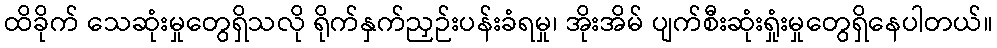
ထိခိုက် သေဆုံးမှုတွေရှိသလို ရိုက်နှက်ညှဉ်းပန်းခံရမှု၊ အိုးအိမ် ပျက်စီးဆုံးရှုံးမှုတွေရှိနေပါတယ်။